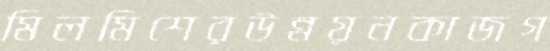
মিলমিশেরউন্নয়নকাজগ